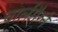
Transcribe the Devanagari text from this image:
चार्लमैग्ने